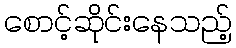
စောင့်ဆိုင်းနေသည့်